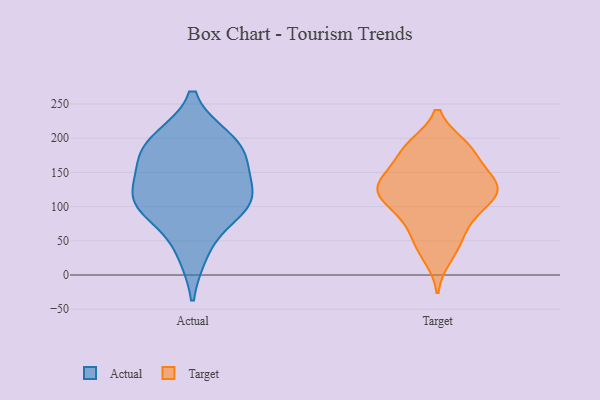
{"axis": {"x": "Demand Index", "y": "Value"}, "legend": ["Actual", "Target"], "data": [{"x": "", "y": 198, "type": "Actual"}, {"x": "", "y": 106, "type": "Actual"}, {"x": "", "y": 178, "type": "Actual"}, {"x": "", "y": 33, "type": "Actual"}, {"x": "", "y": 196, "type": "Actual"}, {"x": "", "y": 103, "type": "Actual"}, {"x": "", "y": 140, "type": "Actual"}, {"x": "", "y": 166, "type": "Actual"}, {"x": "", "y": 104, "type": "Actual"}, {"x": "", "y": 102, "type": "Actual"}, {"x": "", "y": 120, "type": "Target"}, {"x": "", "y": 143, "type": "Target"}, {"x": "", "y": 77, "type": "Target"}, {"x": "", "y": 56, "type": "Target"}, {"x": "", "y": 187, "type": "Target"}, {"x": "", "y": 188, "type": "Target"}, {"x": "", "y": 119, "type": "Target"}, {"x": "", "y": 158, "type": "Target"}, {"x": "", "y": 185, "type": "Target"}, {"x": "", "y": 135, "type": "Target"}, {"x": "", "y": 120, "type": "Target"}, {"x": "", "y": 126, "type": "Target"}, {"x": "", "y": 27, "type": "Target"}, {"x": "", "y": 122, "type": "Target"}, {"x": "", "y": 45, "type": "Target"}, {"x": "", "y": 94, "type": "Target"}, {"x": "", "y": 183, "type": "Target"}, {"x": "", "y": 93, "type": "Target"}, {"x": "", "y": 135, "type": "Target"}]}